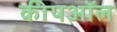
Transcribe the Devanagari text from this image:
कीपऑल